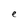
Character: e